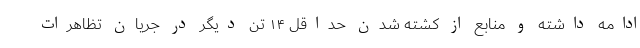
ادامه داشته و منابع از کشته شدن حداقل ۱۴ تن دیگر در جریان تظاهرات